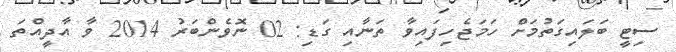
ސިޓީ ބަލައިގަތުމަށް ހަމަޖެހިފައިވާ ތަނާއި ގަޑި: 02 ނޮވެންބަރު 2014 ވާ އާދީއްތަ